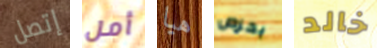
إتصل أمل هيا بحرص خالد